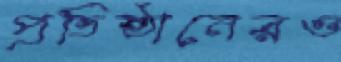
প্রতিষ্ঠানেরও